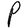
Character: P